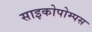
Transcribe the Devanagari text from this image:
साइकोपोम्पस